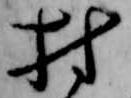
村